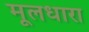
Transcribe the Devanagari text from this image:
मूलधारा